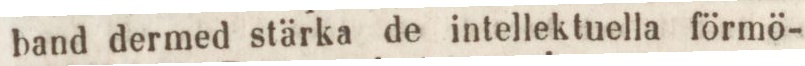
band dermed stärka de intellektuella förmö-